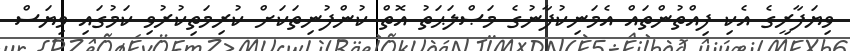
ވިޔަފާރީގެ އެކި ފިއްތުންތައް އެމަނިކުފާނުގެ މަޞްލަޙަތު އޮތް ކުންފުނިތަކަށް ކުރިމަތިކުރުވި ކަމުގައި ވިޔަސް